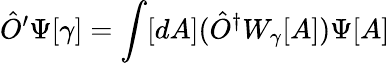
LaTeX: {\hat{O}}^{\prime}\Psi[\gamma]=\int[dA]({\hat{O}}^{\dagger}W_{\gamma}[A])\Psi[A]